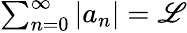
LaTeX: \textstyle\sum_{n=0}^{\infty}\left|a_{n}\right|=\mathscr{L}